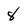
Character: 8